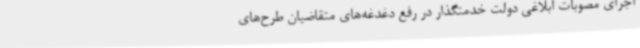
اجرای مصوبات ابلاغی دولت خدمتگذار در رفع دغدغه‌های متقاضیان طرح‌های